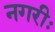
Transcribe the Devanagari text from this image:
नगरीः